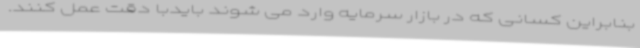
بنابراین کسانی که در بازار سرمایه وارد می شوند بایدبا دقت عمل کنند.